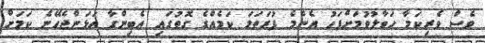
ވެސް ވެރިކަމާ ހަވާލުވުމަށްފަހު އެންމެ ފުރަތަމަ ކަމެއްގެ ގޮތުގައި އެބިންގާ އަޅަންޖެހޭނެ ކަމަށް